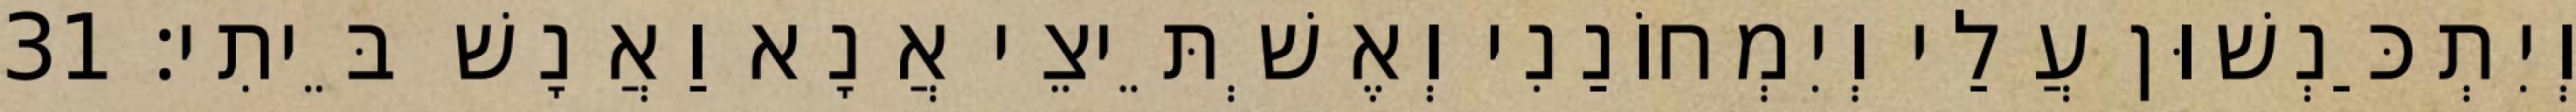
וְיִתְכַּנְשׁוּן עֲלַי וְיִמְחוֹנַנִי וְאֶשְׁתֵּיצֵי אֲנָא וַאֲנָשׁ בֵּיתִי׃ 31